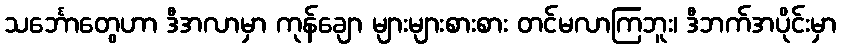
သင်္ဘောတွေဟာ ဒီအလာမှာ ကုန်ချော များများစားစား တင်မလာကြဘူး၊ ဒီဘက်အပိုင်းမှာ